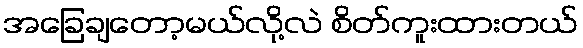
အခြေချတော့မယ်လို့လဲ စိတ်ကူးထားတယ်